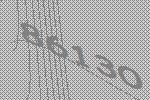
86130